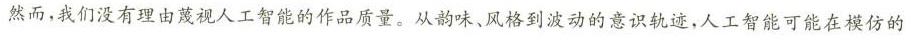
然而，我们没有理由蔑视人工智能的作品质量。从韵味。格到波动的意识就连，人工智能可能在模仿的